Note on the mental hospitals in Burma - 1925-1940
Year: 1925
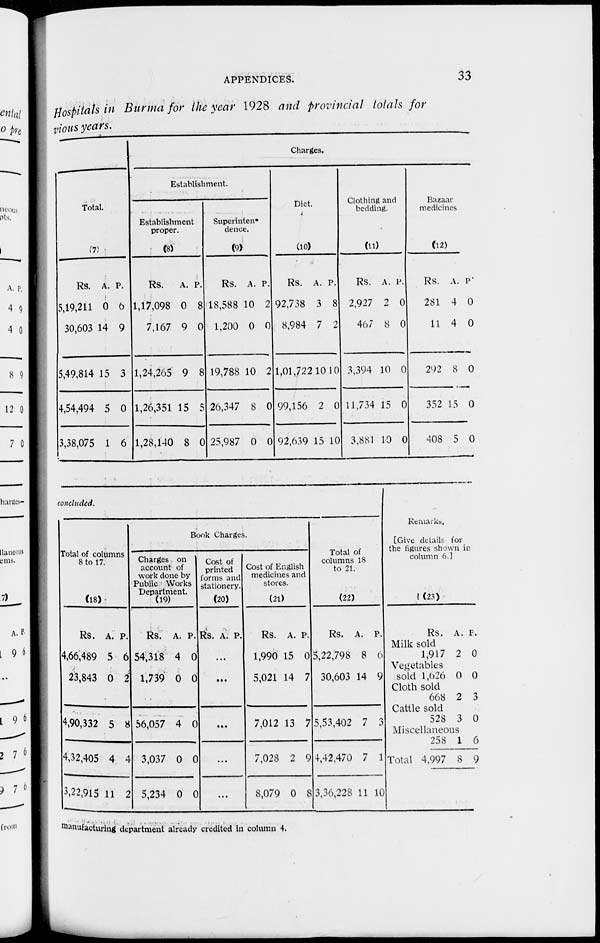
APPENDICES.
33
Hospitals in Burma for the year 1928 and provincial totals for
vious years.
Total.
(7)
Rs.
5,19,211
30,603
5,49,814
4,54,494
3,38,075
A.
0
14
15
5
1
P.
6
9
3
0
6
Charges.
Establishment.
Establishment
proper.
(8)
Rs.
1,17,098
7,167
1,24,265
1,26,351
1,28,140
A.
0
9
9
15
8
P.
8
0
8
5
0
Superinten¬
dence.
(9)
Rs.
18,588
1,200
19,788
26,347
25,987
A.
10
0
10
8
0
P.
2
0
2
0
0
Diet.
(10)
Rs.
92,738
8,984
1,01,722
99,156
92,639
A.
3
7
10
2
15
P.
8
2
10
0
10
Clothing and
bedding.
(11)
Rs.
2,927
467
3,394
11,734
3,881
A.
2
8
10
15
10
P.
0
0
0
0
0
Bazaar
medicines
(12)
Rs.
281
11
292
352
408
A.
4
4
8
15
5
P.
0
0
0
0
0
concluded.
Total of columns
8 to 17.
(18)
Rs.
4,66,489
23,843
4,90,332
4,32,405
3,22,915
A.
5
0
5
4
11
P.
6
2
8
4
2
Book Charges.
Charges on
account of
work done by
Public Works
Department.
(19)
Rs.
54,318
1,739
56,057
3,037
5,234
A.
4
0
4
0
0
P.
0
0
0
0
0
Cost of
printed
forms and
stationery.
(20)
Rs. A. P.
...
...
...
...
...
Cost of English
medicines and
stores.
(21)
Rs.
1,990
5,021
7,012
7,028
8,079
A.
15
14
13
2
0
P.
0
7
7
9
8
Total of
columns 18
to 21.
(22)
Rs.
5,22,798
30,603
5 53 402
4,42,470
3,36,228
A.
8
14
7
7
11
P.
0
9
3
1
10
Remarks.
[Give details for
the figures shown in
column 6]
(23)
Milk sold
Vegetables
sold
Cloth sold
Cattle sold
Miscellaneous
Total
Rs.
1,917
1,026
668
528
258
4,997
A.
2
0
2
3
1
8
P.
0
0
3
0
6
9
manufacturing department already credited in column 4.